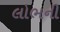
લોભની